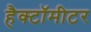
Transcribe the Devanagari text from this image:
हैक्टॉमीटर